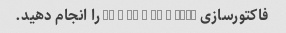
فاکتورسازی x3 + y3 + z3 - 3xyz را انجام دهید.